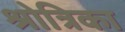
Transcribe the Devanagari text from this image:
श्रोत्रिका